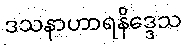
ဒသနာဟာရနိဒ္ဒေသ